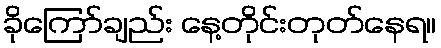
ခိုကြော်ချည်း နေ့တိုင်းတုတ်နေရ။